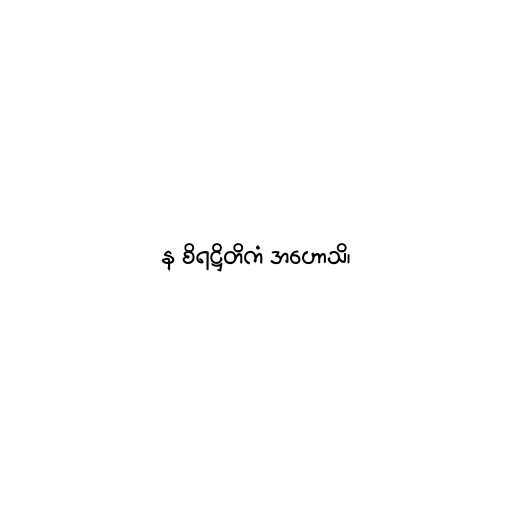
န စိရဋ္ဌိတိကံ အဟောသိ၊